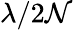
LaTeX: \lambda/2\mathcal{N}